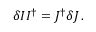
\delta I I ^ { \dagger } = J ^ { \dagger } \delta J \, .